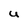
Character: U